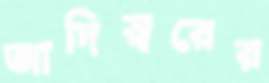
আদিস্বরের